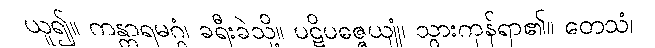
ယူ၍။ ကန္တာရမဂ္ဂံ၊ ခရီးခဲသို့။ ပဋိပဇ္ဇေယျုံ၊ သွားကုန်ရာ၏။ တေသံ၊